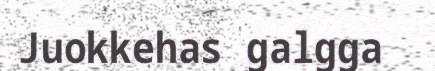
Juokkehas galgga